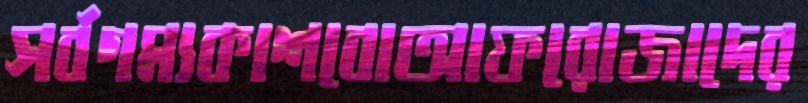
সর্বগম্যকাশবোআফরোজাদের